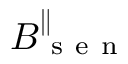
B _ { \mathrm { ~ s ~ e ~ n ~ } } ^ { \parallel }